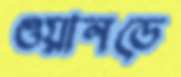
ওয়ানডে